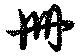
冊